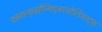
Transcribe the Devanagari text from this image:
फ्झ्क्ल्क्झ्हैज्क्द्जिएवोलिउल्द्फ्